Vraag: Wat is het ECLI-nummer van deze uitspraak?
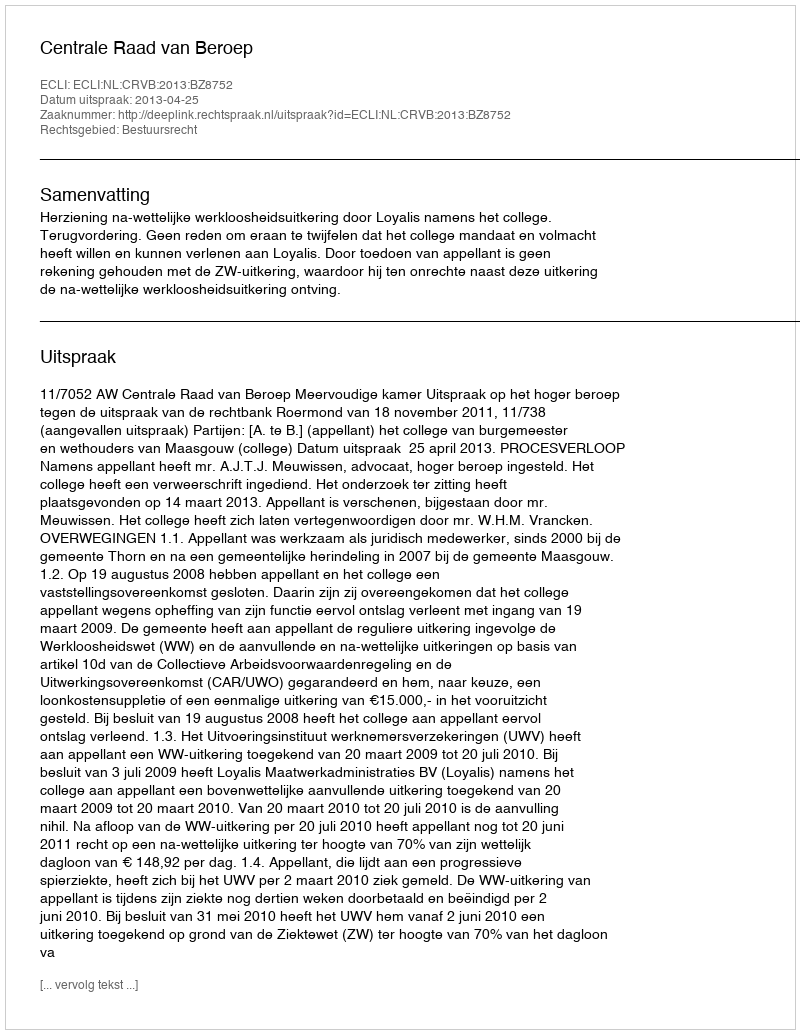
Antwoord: ECLI:NL:CRVB:2013:BZ8752